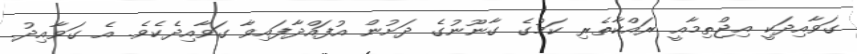
ގަވާއިދަކީ އިޖްތިމާއީ ރައްކާތެރި ކަމުގެ ގާނޫނުގެ ދަށުން އުފައްދާފައިވާ ގަވާއިދެކެވެ. އެ ގަވާއިދު